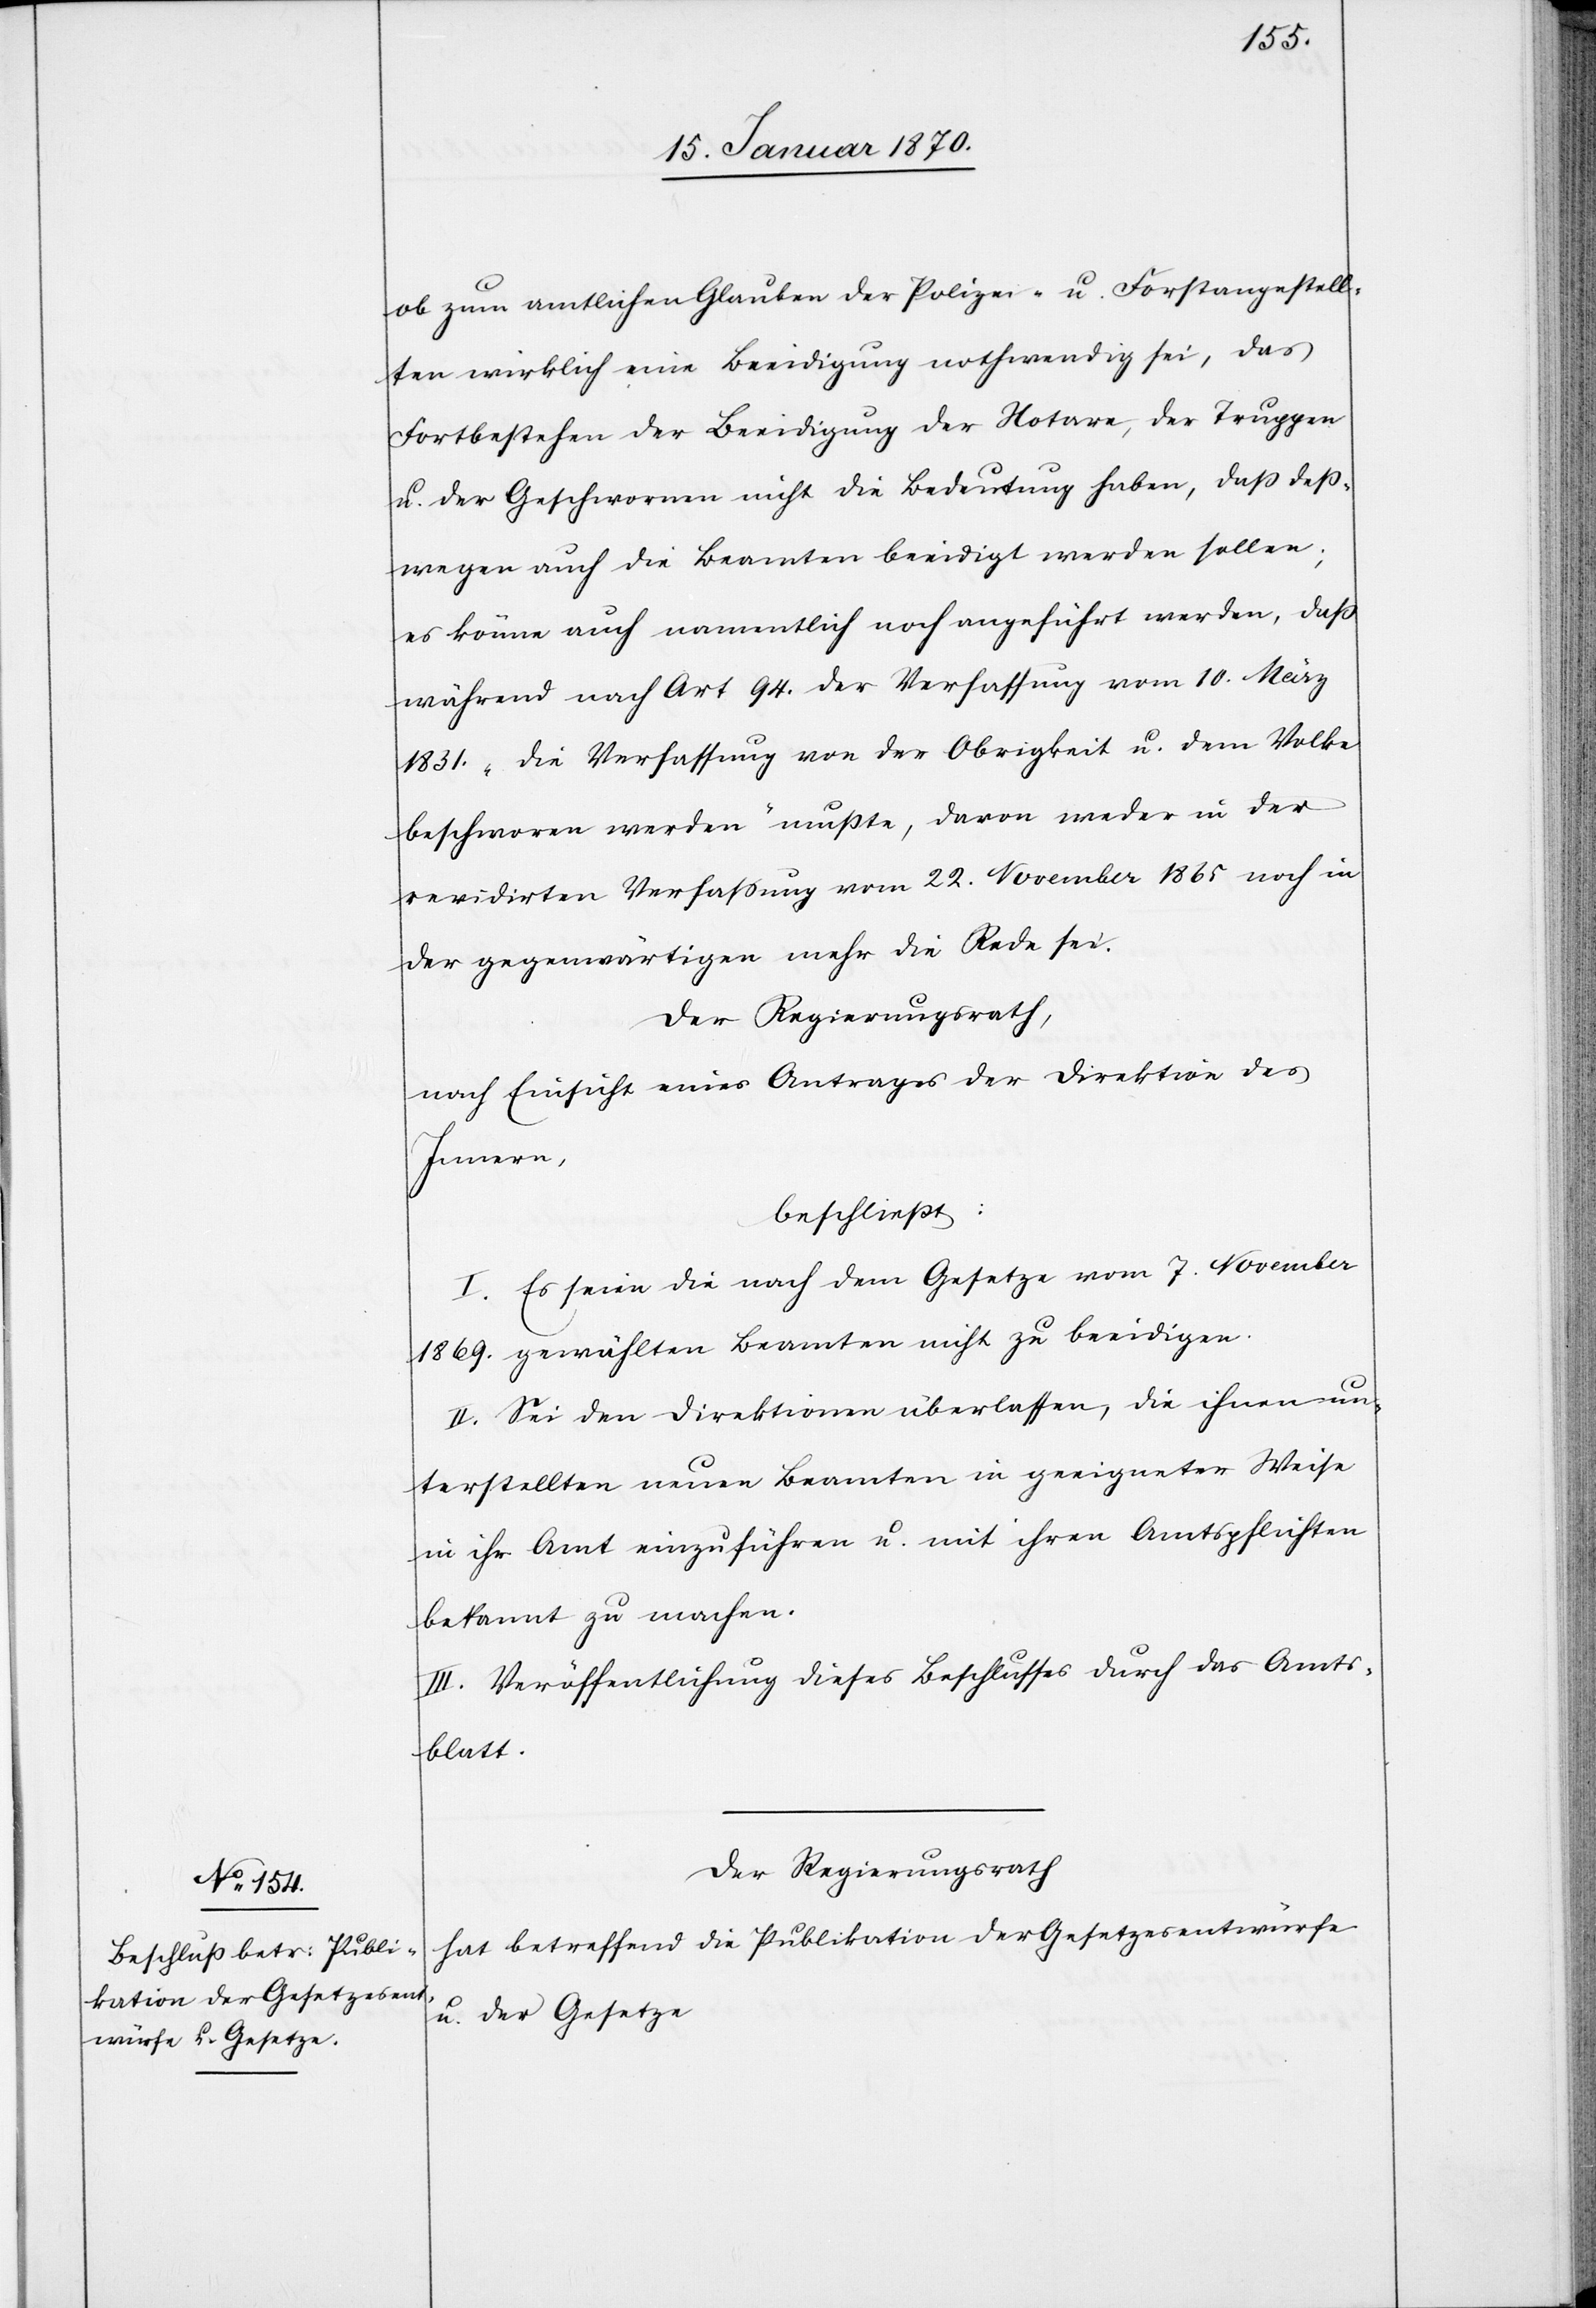
ob zum amtlichen Glauben der Polizei- u. Forstangestell¬
ten wircklich eine Beeidigung nothwendig sei, das
Fortbestehen der Beeidigung der Notare, der Truppen
u. der Geschwornen nicht die Bedeutung haben, daß deß¬
wegen auch die Beamten beeidigt werden sollen;
es könne auch namentlich noch angeführt werden, daß
während nach Art 94. der Verfassung vom 10. März
1831. „die Verfassung von der Obrigkeit u. dem Volke
beschworen werden“ mußte, davon weder in der
revidirten Verfassung vom 22. November 1865 noch in
der gegenwärtigen mehr die Rede sei.
Der Regierungsrath,
nach Einsicht eines Antrages der Direktion des
Innern,
beschließt:
I. Es seien die nach dem Gesetze vom 7. November
1869. gewählten Beamten nicht zu beeidigen.
II. Sei den Direktionen überlassen, die ihnen un¬
terstellten neuen Beamten in geeigneter Weise
in ihr Amt einzuführen u. mit ihren Amtspflichten
bekannt zu machen.
III. Veröffentlichung dieses Beschlusses durch das Amts¬
blatt.
Der Regierungsrath
hat betreffend die Publikation der Gesetzesentwürfe
u. der Gesetze